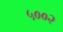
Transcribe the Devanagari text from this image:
५००२